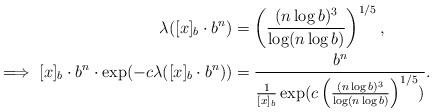
LaTeX: \begin{align*}\lambda ([x]_b \cdot b^n) &= \left(\frac{(n \log b)^3} {\log (n \log b)}\right)^{1/5},\\\implies [x]_b \cdot b^n \cdot \exp (-c \lambda ([x]_b \cdot b^n)) &= \frac{b^n}{\frac{1} {[x]_b} \exp (c \left(\frac{(n \log b)^3} {\log (n \log b)}\right)^{1/5})}.\end{align*}